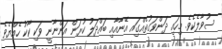
ސުވާލެކެވެ. މިހައި ދަންވަގުތެއްގަިއ އޭނާއާއި ބައްދަލު ކުރަން އަންނާނީ ވަކި ކާކު ހެއްޔެވެ